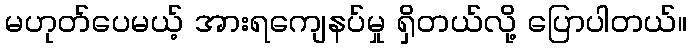
မဟုတ်ပေမယ့် အားရကျေနပ်မှု ရှိတယ်လို့ ပြောပါတယ်။